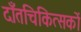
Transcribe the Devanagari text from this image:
दाँतचिकित्सकों